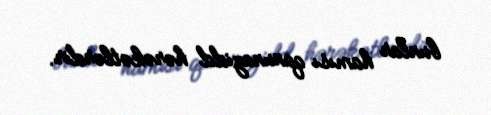
bunlar hamısı qanunazidd hərəkətlərdir.